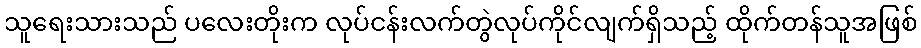
သူရေးသားသည် ပလေးတိုးက လုပ်ငန်းလက်တွဲလုပ်ကိုင်လျက်ရှိသည့် ထိုက်တန်သူအဖြစ်